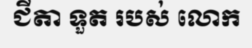
ជីតា ទួត របស់ លោក